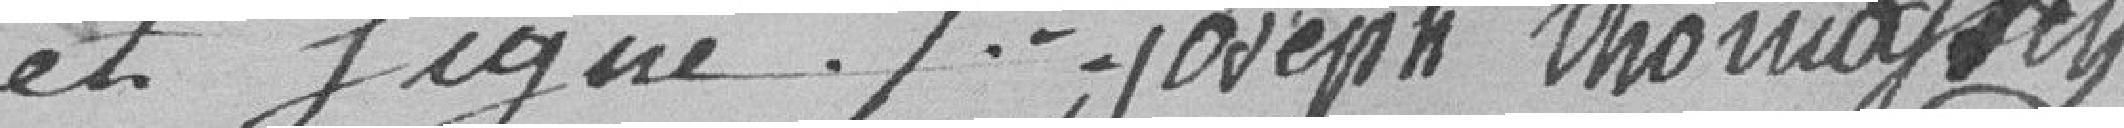
et signé Joseph Thomassin.